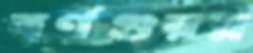
বর্ণগুরম্ন